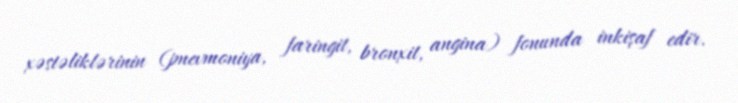
xəstəliklərinin (pnevmoniya, faringit, bronxit, angina) fonunda inkişaf edir.